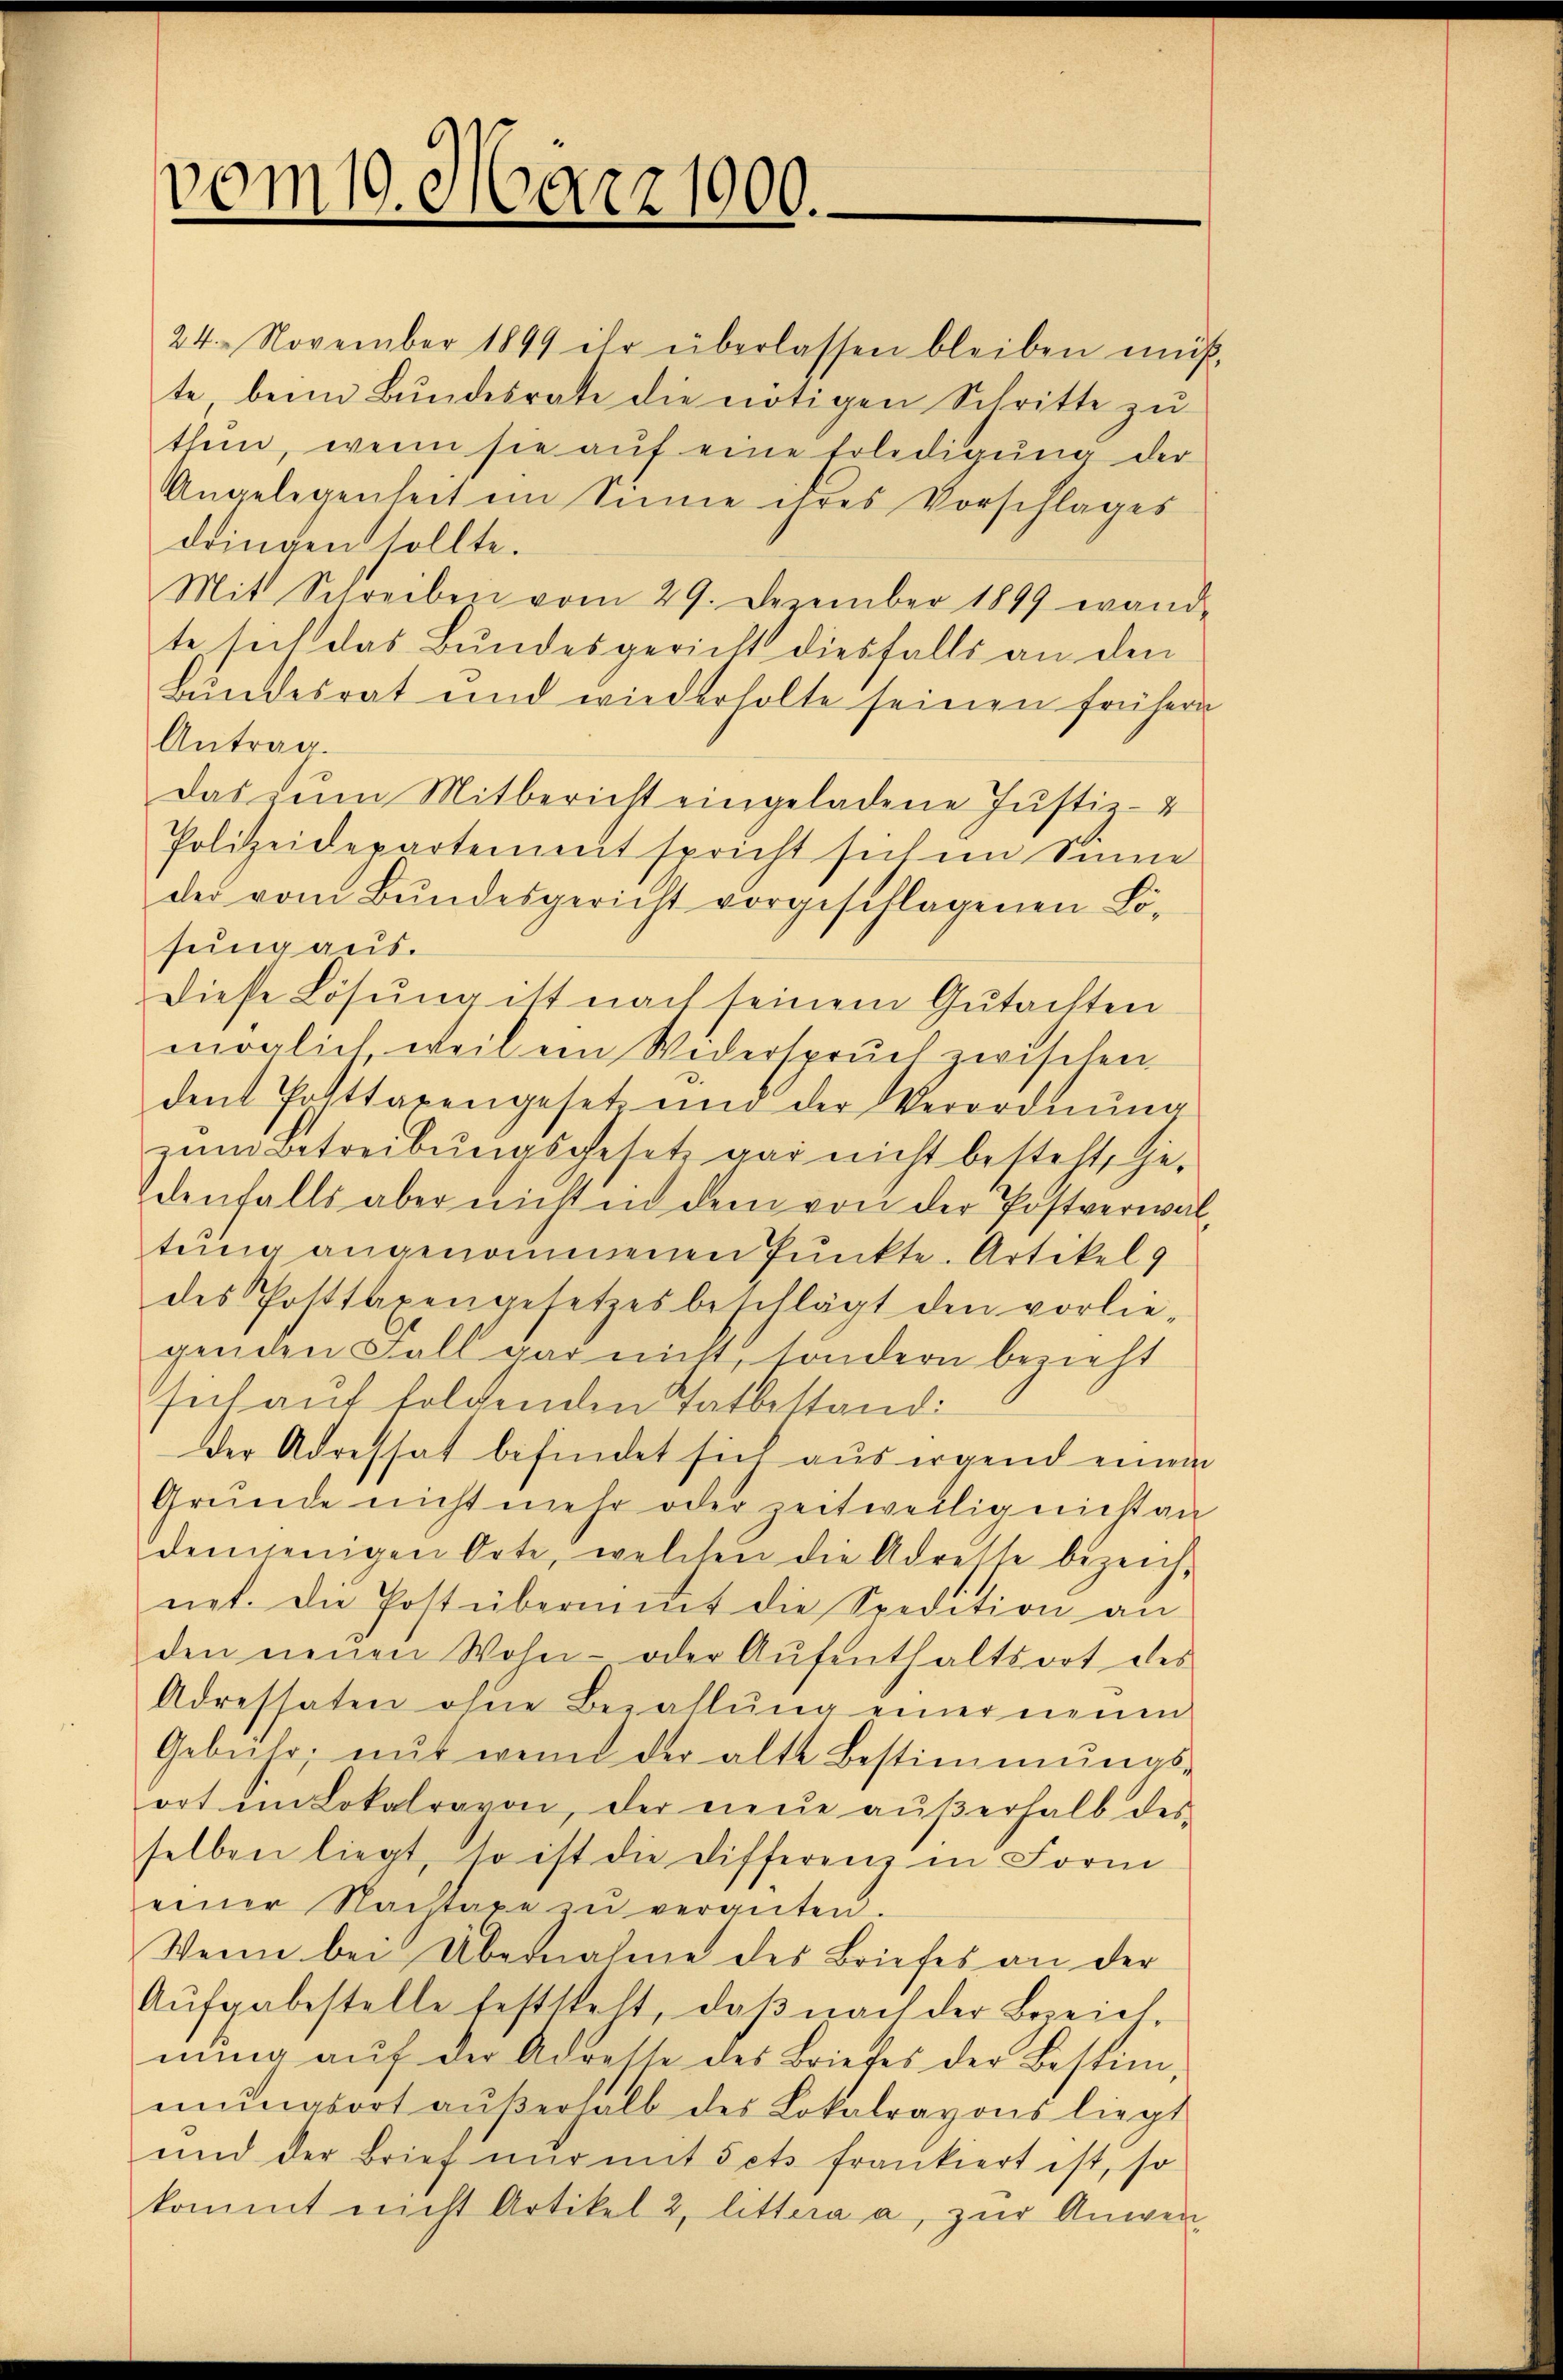
vom 19. März 1900.

24. November 1899 ihr überlassen bleiben müß
te beim Bundesrate die nötigen Schritte zŭ
thun, wenn sie aŭf eine Erledigŭng der
Angelegenheit im Sinne ihres Vorschlages
dringen sollte.
Mit Schreiben vom 29. Dezember 1899 wand-
te sich das Bundesgericht diesfalls an den
Bundesrat und wiederholte seinen frühern
Antrag.
Das zŭm Mitbericht eingeladene Justiz-
Polizeidepartement spricht sich im Sinne
der vom Bundesgericht vorgeschlagenen Lösung aus.
Diese Lösung ist nach seinem Gŭtachten
möglich weil ein Wederspruch zwischen
dent Posttagengesetz und der Verordnŭng
zŭm Betreibŭngsgesetz gar nicht besteht, Ge-
denfalls aber nicht in dem von der Postverwaltung angenommenen Punkte. Artikel 9
des Posttaxengesetzesbeschlägt den vorlie-
genden Fall gar nicht, sondern bezieht
sich auf folchenden Tatbestand:
der Adressat befindet sich aus irgend einem
Grŭnde nicht mehr oder zeitweilig nicht an
denjenigen Orte, welchen die Adrette bezeicht
net. Die Post überniṁt die Spedition an
den neuen Wohn- oder Aŭfenthaltsort des
Adressaten ohne Bezahlŭng einer neuen
Gebühr, mit wenn der alte Bestimmungs-
ort im Lokalravon, der neŭe aŭβerhalb des
selben liegt, so ist die Differenz in Form
einer Nachtaxe zu vergüten.
Wenn bei Übernahme des Briefes an der
Aŭfgabestelle feststeht, daβ nach der Bezeich
nŭng aŭf der Adresse des Briefes der Bestim-
mŭngsort aŭβerhalb des Lokalravons liegt
und der Brief nŭr mit Fets frankiert ist, so
kommt nicht Artikel 2, littera a, zŭr Anwen¬